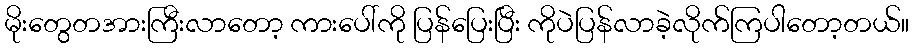
မိုးတွေတအားကြီးလာတော့ ကားပေါ်ကို ပြန်ပြေးပြီး ကိုပဲပြန်လာခဲ့လိုက်ကြပါတော့တယ်။